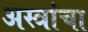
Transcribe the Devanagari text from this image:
अस्त्रांचा